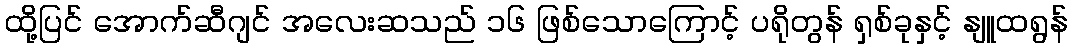
ထို့ပြင် အောက်ဆီဂျင် အလေးဆသည် ၁၆ ဖြစ်သောကြောင့် ပရိုတွန် ရှစ်ခုနှင့် နျူထရွန်